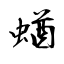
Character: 蝤